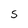
Character: S